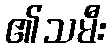
၏သမီး